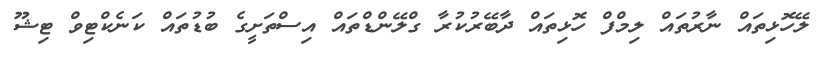
ލޭހޮޅިތައް ނާރުތައް ލިމްފް ހޮޅިތައް ދާބޭރުކުރާ ގްލޭންޑްތައް އިސްތަށީގެ ބުޑުތައް ކަނެކްޓިވް ޓިޝޫ